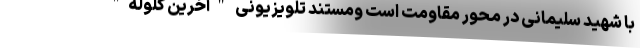
با شهید سلیمانی در محور مقاومت است ومستند تلویزیونی "آخرین گلوله"